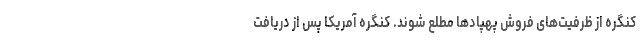
کنگره از ظرفیت‌های فروش پهپادها مطلع شوند. کنگره آمریکا پس از دریافت